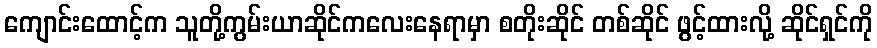
ကျောင်းထောင့်က သူတို့ကွမ်းယာဆိုင်ကလေးနေရာမှာ စတိုးဆိုင် တစ်ဆိုင် ဖွင့်ထားလို့ ဆိုင်ရှင်ကို